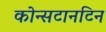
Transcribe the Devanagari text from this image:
कोन्सटानटिन